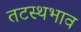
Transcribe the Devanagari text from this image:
तटस्थभाव